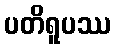
ပတိရူပဿ